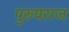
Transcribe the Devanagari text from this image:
पुरुषराज